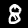
Digit: 8